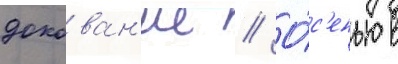
докован'ие // О́с'енью в